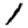
Digit: 1